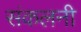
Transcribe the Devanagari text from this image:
संकलनी